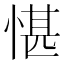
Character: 愖